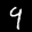
Label: 9